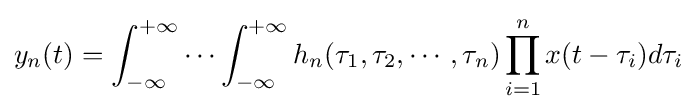
y_{n}(t)=\int _{-\infty }^{+\infty }\cdots \int _{-\infty }^{+\infty }h_{n}(\tau _{1},\tau _{2},\cdots ,\tau _{n})\displaystyle \prod _{i=1}^{n}x(t-\tau _{i})d\tau _{i}